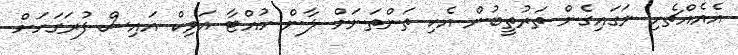
އެއެއްޗެހި ނަގައިގެން ތަރުތީބުން އެކި ތަންތަނަށް ލާން ހުއްޓާ އަވިކް އައިސް ފުރަގަހަށް